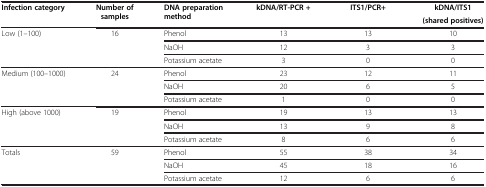
<table><thead><tr><td><b>Infection category</b></td><td><b>Number of samples</b></td><td><b>DNA preparation method</b></td><td><b>kDNA/RT-PCR +</b></td><td><b>ITS1/PCR+</b></td><td><b>kDNA/ITS1</b></td></tr><tr><td><b> </b></td><td><b> </b></td><td><b> </b></td><td><b> </b></td><td><b> </b></td><td><b>(shared positives)</b></td></tr></thead><tbody><tr><td>Low (1–100)</td><td>16</td><td>Phenol</td><td>13</td><td>13</td><td>10</td></tr><tr><td> </td><td> </td><td>NaOH</td><td>12</td><td>3</td><td>3</td></tr><tr><td> </td><td> </td><td>Potassium acetate</td><td>3</td><td>0</td><td>0</td></tr><tr><td>Medium (100–1000)</td><td>24</td><td>Phenol</td><td>23</td><td>12</td><td>11</td></tr><tr><td> </td><td> </td><td>NaOH</td><td>20</td><td>6</td><td>5</td></tr><tr><td> </td><td> </td><td>Potassium acetate</td><td>1</td><td>0</td><td>0</td></tr><tr><td>High (above 1000)</td><td>19</td><td>Phenol</td><td>19</td><td>13</td><td>13</td></tr><tr><td> </td><td> </td><td>NaOH</td><td>13</td><td>9</td><td>8</td></tr><tr><td> </td><td> </td><td>Potassium acetate</td><td>8</td><td>6</td><td>6</td></tr><tr><td>Totals</td><td>59</td><td>Phenol</td><td>55</td><td>38</td><td>34</td></tr><tr><td> </td><td> </td><td>NaOH</td><td>45</td><td>18</td><td>16</td></tr><tr><td> </td><td> </td><td>Potassium acetate</td><td>12</td><td>6</td><td>6</td></tr></tbody></table>